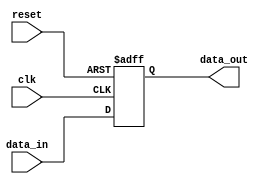
module synchronous_register (
    input wire clk, // clock input
    input wire reset, // reset input
    input wire data_in, // data input
    output reg data_out // stored data output
);

// Define internal state variables
reg [7:0] register_data;

// Synchronous behavior for loading data on rising edge of clock
always @(posedge clk or posedge reset)
begin
    if (reset) begin
        // Reset the register
        register_data <= 8'b0;
    end else begin
        // Load data into register on rising edge of clock
        register_data <= data_in;
    end
end

// Output the stored data
assign data_out = register_data;

endmodule